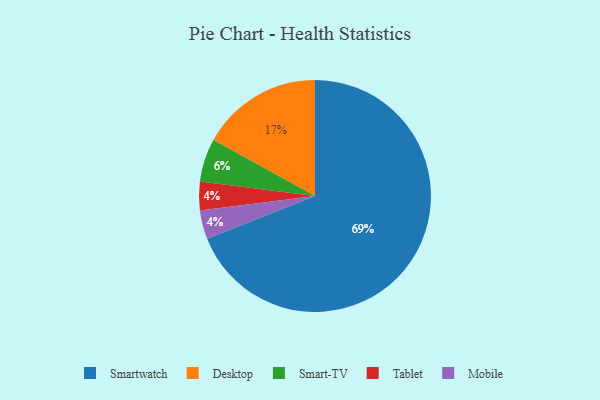
{"axis": {"x": "Category", "y": "Percentage"}, "legend": ["Desktop", "Mobile", "Smart-TV", "Smartwatch", "Tablet"], "data": [{"x": "Smart-TV", "y": 6, "type": "Smart-TV"}, {"x": "Desktop", "y": 17, "type": "Desktop"}, {"x": "Tablet", "y": 4, "type": "Tablet"}, {"x": "Mobile", "y": 4, "type": "Mobile"}, {"x": "Smartwatch", "y": 69, "type": "Smartwatch"}]}